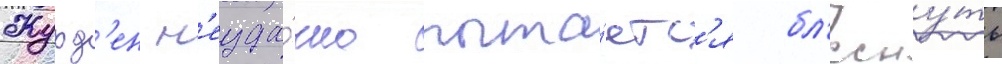
Журд'ен н'еуда́чно пыта́етс'я бл'есну́ть